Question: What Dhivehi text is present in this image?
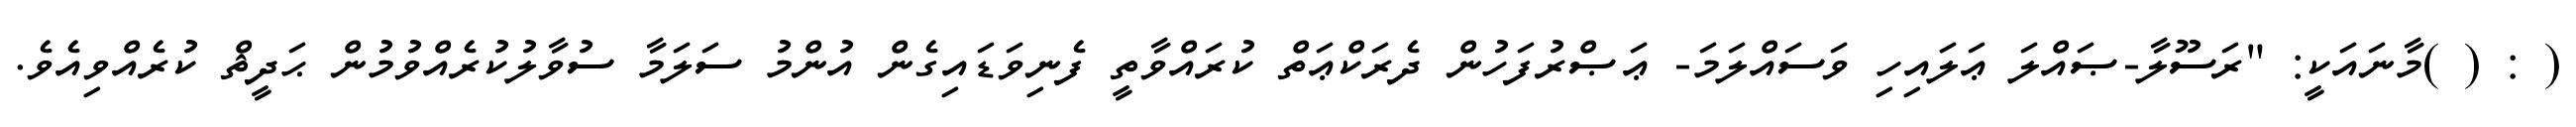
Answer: ( : ( )މާނައަކީ: "ރަސޫލާ-ޞައްލަ ޢަލައިހި ވަސައްލަމަ- ޢަޞްރުފަހުން ދެރަކްޢަތް ކުރައްވާތީ ފެނިވަޑައިގެން އުންމު ސަލަމާ ސުވާލުކުރެއްވުމުން ޙަދީޘް ކުރެއްވިއެވެ.